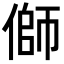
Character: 𪝜